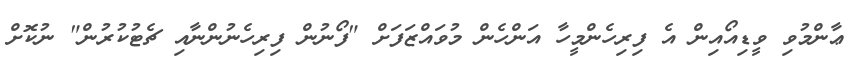
ޢާންމުވި ވީޑިއޯއިން އެ ފިރިހެންމީހާ އަންހެން މުވައްޒަފަށް "ފޯނުން ފިރިހެނުންނާއި ޗެޓުކުރުން" ނުކޮށް